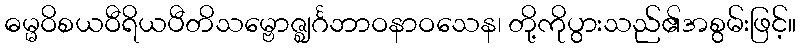
ဓမ္မဝိစယဝီရိယပီတိသမ္ဗောဇ္ဈင်္ဂဘာဝနာဝသေန၊ တို့ကိုပွားသည်၏အစွမ်းဖြင့်။